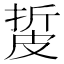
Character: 㿱